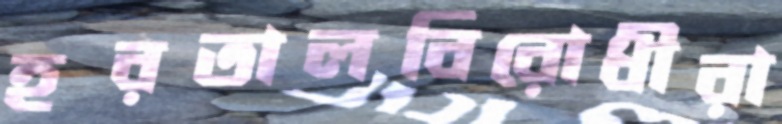
হরতালবিরোধীরা